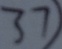
3 7 )